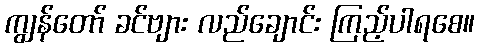
ကျွန်တော် ခင်ဗျား လည်ချောင်း ကြည့်ပါရစေ။